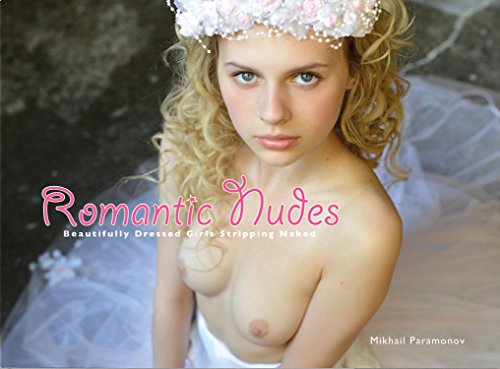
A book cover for Romantic Nudes: Beautifully Dressed Girls Stripping Naked; Mikhail Paramonov; Arts & Photography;